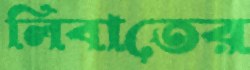
লিবাতের